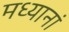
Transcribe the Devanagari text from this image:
मध्यानां